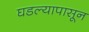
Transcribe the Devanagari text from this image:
घडल्यापासून